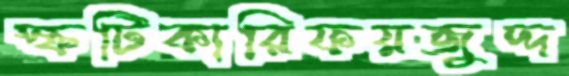
স্ফটিকারিফয়জুদ্দ